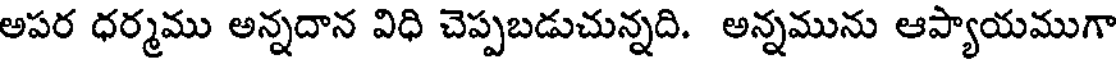
అపర ధర్మము అన్నదాన విధి చెప్పబడుచున్నది. అన్నమును ఆప్యాయముగా